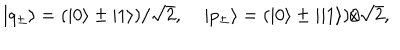
| q _ { \pm } \rangle = ( | 0 \rangle \pm | 1 \rangle ) / \sqrt { 2 } , \; | p _ { \pm } \rangle = ( | 0 \rangle \pm i | 1 \rangle ) / \sqrt { 2 } ,